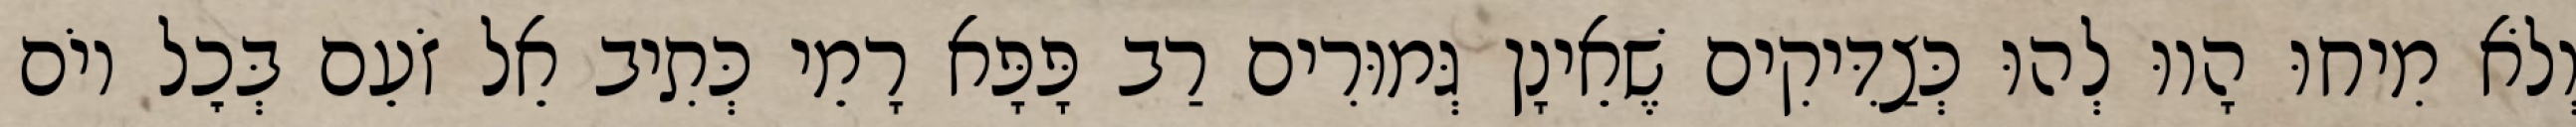
וְלֹא מִיחוּ הָווּ לְהוּ כְּצַדִּיקִים שֶׁאֵינָן גְּמוּרִים רַב פָּפָּא רָמֵי כְּתִיב אֵל זֹעֵם בְּכׇל יוֹם